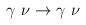
\begin{align*}\gamma \, \, \nu \rightarrow \gamma \, \, \nu \, \,\end{align*}